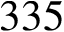
3 3 5